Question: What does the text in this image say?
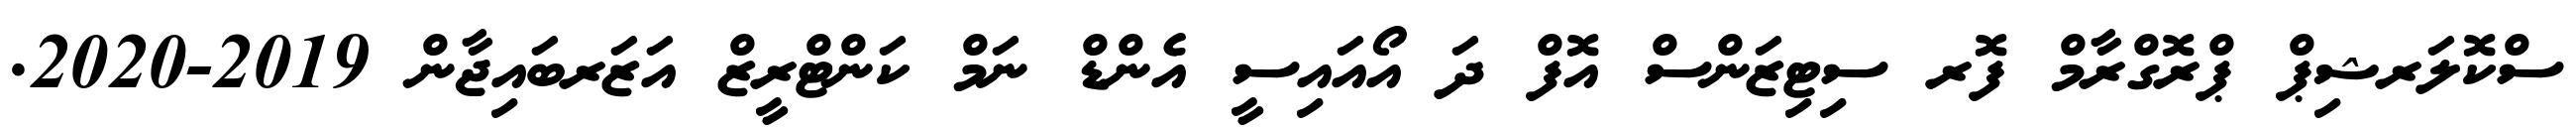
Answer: ސްކޮލަރޝިޕް ޕްރޮގްރާމް ފޮރ ސިޓިޒަންސް އޮފް ދަ އޯއައިސީ އެންޑް ނަމް ކަންޓްރީޒް އަޒަރބައިޖާން 2019-2020.